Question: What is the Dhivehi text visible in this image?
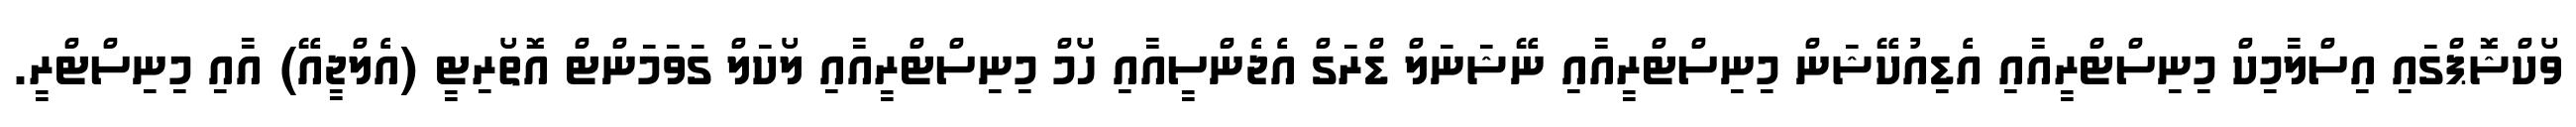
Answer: ވޯކްޝޮޕްގައި އިސްލާމިކް މިނިސްޓްރީއާއި އެޑިއުކޭޝަން މިނިސްޓްރީއާއި ނޭޝަނަލް ޑްރަގް އެޖެންސީއާއި ހޯމް މިނިސްޓްރީއާއި ލޯކަލް ގަވަމަންޓް އޮތޯރިޓީ (އެލްޖީއޭ) އާއި މިނިސްޓްރީ.